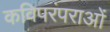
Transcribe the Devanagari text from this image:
कविपरंपराओं